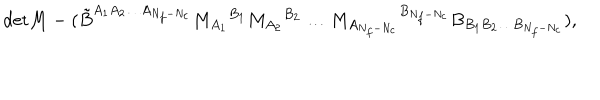
LaTeX: \mathrm { d e t } M - ( \tilde { B } ^ { A _ { 1 } A _ { 2 } \ldots A _ { N _ { f } - N _ { c } } } M _ { A _ { 1 } } { } ^ { B _ { 1 } } M _ { A _ { 2 } } { } ^ { B _ { 2 } } \ldots M _ { A _ { N _ { f } - N _ { c } } } { } ^ { B _ { N _ { f } - N _ { c } } } B _ { B _ { 1 } B _ { 2 } \ldots B _ { N _ { f } - N _ { c } } } ) ,